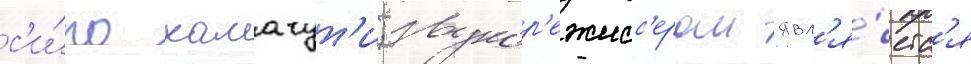
с'и́ро хамагут'и; звукор'ежисс'ером явл'я́етс'я